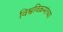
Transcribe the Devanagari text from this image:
विश्वविक्रमांच्या